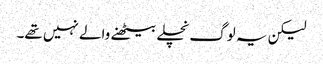
لیکن یہ لوگ نچلے بیٹھنے والے نہیں تھے۔